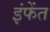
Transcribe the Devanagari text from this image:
इंफेंत